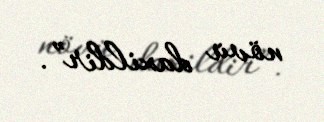
növü daxildir”.